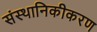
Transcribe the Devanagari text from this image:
संस्थानिकीकरण